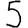
Digit: 5